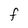
Character: F